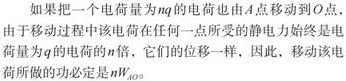
如果把一个电荷量为$nq$的电荷也由$A$点移动到$O$点，由于移动过程中该电荷在任何一点所受的静电力始终是电荷量为$q$的电荷的$n$倍，它们的位移一样，因此，移动该电荷所做的功必定是$nW_{AO}$。